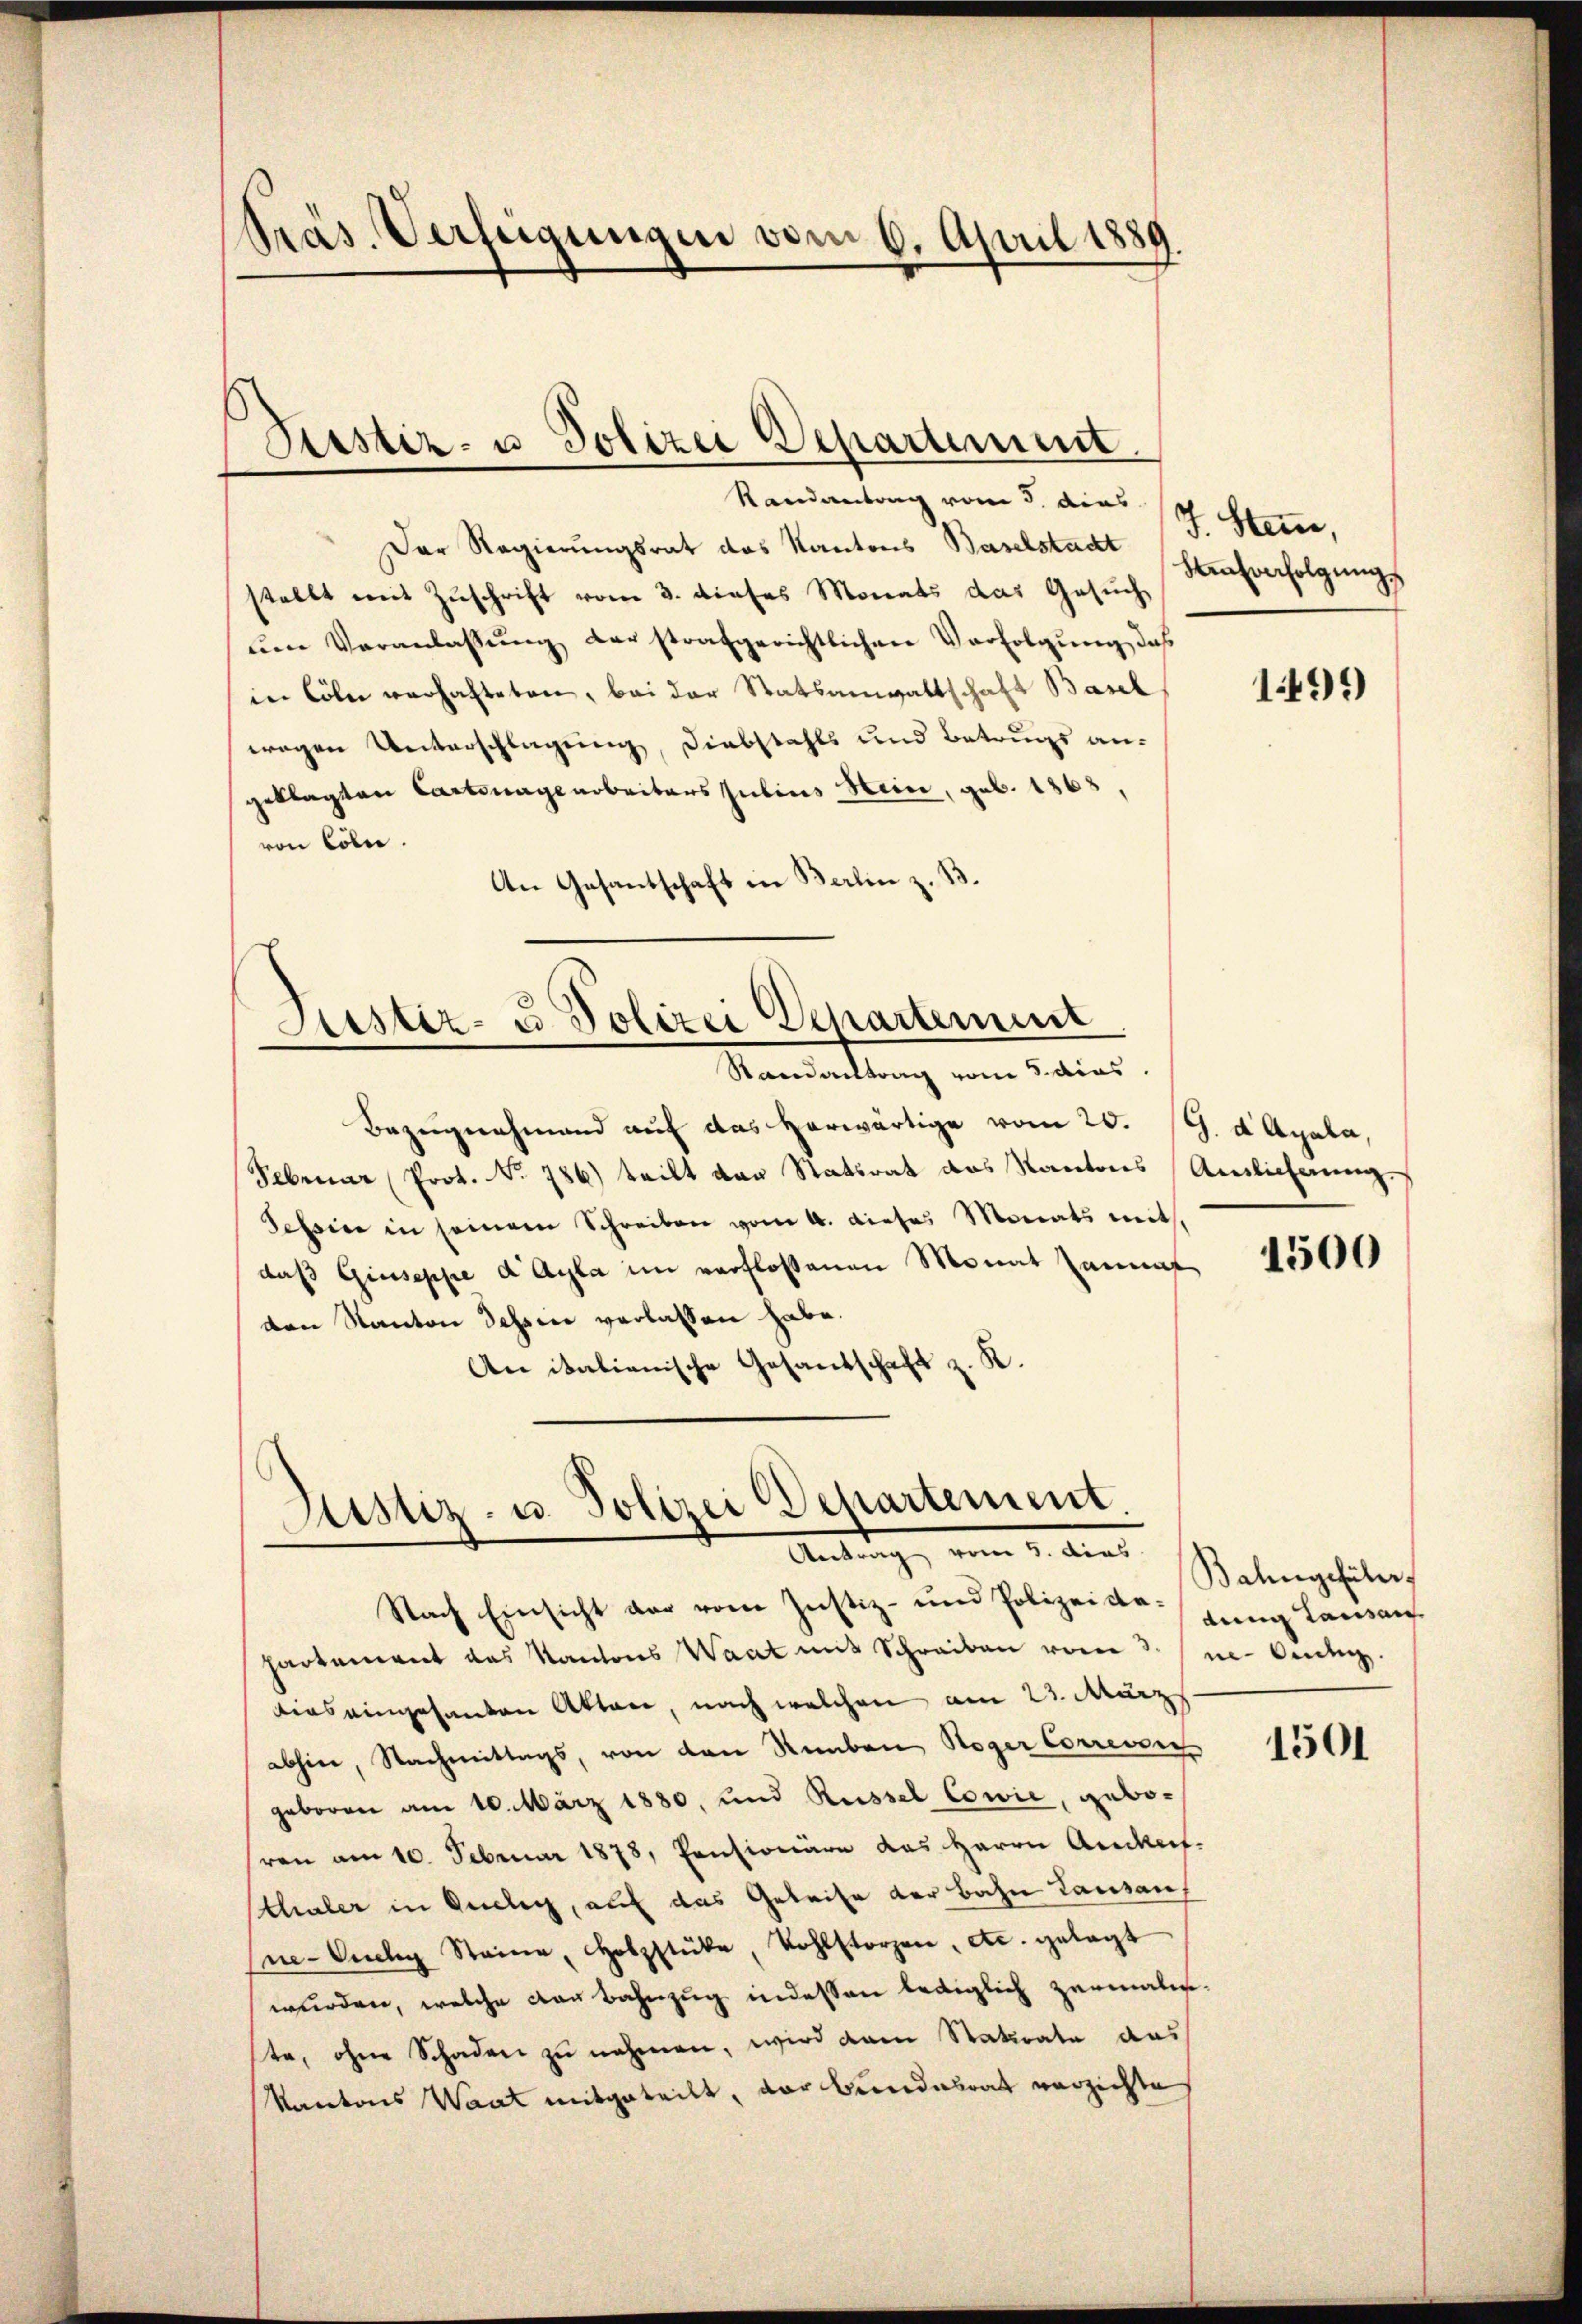
Präs. Verfügungen vom 6. April 1889

Randantrag vom 5. dies 14 Stem,
Der Regierungsrat das Kantons Baselstadt
stellt mit Zuschrift vom 3. dieses Monats das Gesuch
ŭm Veranlassŭng der strafgerichtlichen Verfolgung, das
in Cöln verhafteten, bei der Statsanwaltschaft Basel
wegen Unterschlagung, Diebstahls und Betrugs an-
geklagten Cartenagearbeiters Julius Hein, geb. 1863,
von Cöln.
An Gesantschaft in Berlin z. 13.

Sistiz- u. Polizei Departement

Justiz- u Polizei Departement
Randantrag vom 5. dies

Justiz- u. Polizei Departement
Antrag, vom 1. dies

Bezugnahmend auf das herwärtige vom 20. (G. d Apala,
Februar (Prot. No. 786) teilt von Statsrat das Kantons Auslicherung
Tessine in seinem Schreiben vom 4. dieses Monats mit.
daß Giuseppe dAyla im verflossenen Monat sammt
von Kanton dessen verlassen habe.
An italienische Gesandschaft z. K.

Hensverfolgung

Nach Einsicht vor vom Justiz- und Polizeide-
hartement das Kantons Waat mit Schreiben vom 3. n. Aug.
bias eingesanten Akten, nach welchen am 23. März
abhin, Nachmittags, von den Ramben, Roger Correverg
geboren am 10. März 1880, und Rüssel Cowie, gebosren am 10. Februar 1878, Pensionäre das Herrn Andert.
chaler in Gudler, auf das Geleise der Bahn Lausan
ne- Auch Steine, Holzstücke, Wohlstorzen, etc. gelegt
wurden, welche von Bahnzug indessen lediglich zermalen-
ste, ohne Schaden zu nehmen, wird dem Staturate aus
Kantons Waat mitgeteilt, der Bundesrat verzichte

1499)

1500

Bahngeführ
dung Lausan

1501